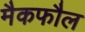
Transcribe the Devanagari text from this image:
मैकफौल